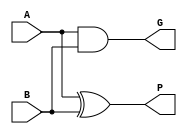
`timescale 1ns / 1ps
module adder(
input A,
input B,
output P,
output G);
assign P = A^B;
assign G = A&B;
endmodule



module sum(
input P,
input C,
output S);
assign S = P^C;
endmodule

module CLA4bit(
input [3:0] A,
input [3:0] B,
input C0,
output [3:0] S,
output C4);
wire [3:0] G,P;
wire C1,C2,C3;
adder add0(A[0],B[0],P[0],G[0]);
adder add1(A[1],B[1],P[1],G[1]);
adder add2(A[2],B[2],P[2],G[2]);
adder add3(A[3],B[3],P[3],G[3]);
assign C1 =G[0] | (P[0]&C0);
assign C2 =G[1] | (P[1]&G[0]) | (P[1]&P[0]&C0);
assign C3 =G[2] | (P[2]&G[1]) | (P[2]&P[1]&G[0]) | (P[2]%P[1]&P[0]&C0);
assign C4 =G[3] | (P[3]&G[2]) | (P[3]&P[2]&G[1]) | (P[3]&P[2]&P[1]&G[0]) | (P[3]%P[2]&P[1]&P[0]&C0);
sum sum0(P[0],C0,S[0]);
sum sum1(P[1],C1,S[1]);
sum sum2(P[2],C2,S[2]);
sum sum3(P[3],C3,S[3]);
endmodule
module CLA16bit(
input [15:0] A,
input [15:0] B,
input C0,
output [15:0] S,
output C4
);
wire C1,C2,C3;
CLA4bit cla0(A[3:0],B[3:0],C0,S[3:0],C1);
CLA4bit cla1(A[7:4],B[7:4],C1,S[7:4],C2);
CLA4bit cla2(A[11:8],B[11:8],C2,S[11:8],C3);
CLA4bit cla3(A[15:12],B[15:12],C3,S[15:12],C4);

endmodule
module CLA64bit(
input [63:0] A,
input [63:0] B,
input C0,
output [63:0] S,
output C4
);
wire C1,C2,C3;
CLA16bit cla640(A[15:0],B[15:0],C0,S[15:0],C1);
CLA16bit cla641(A[31:16],B[31:16],C1,S[31:16],C2);
CLA16bit cla642(A[47:32],B[47:32],C2,S[47:32],C3);
CLA16bit cla643(A[63:48],B[63:48],C3,S[63:48],C4);
endmodule